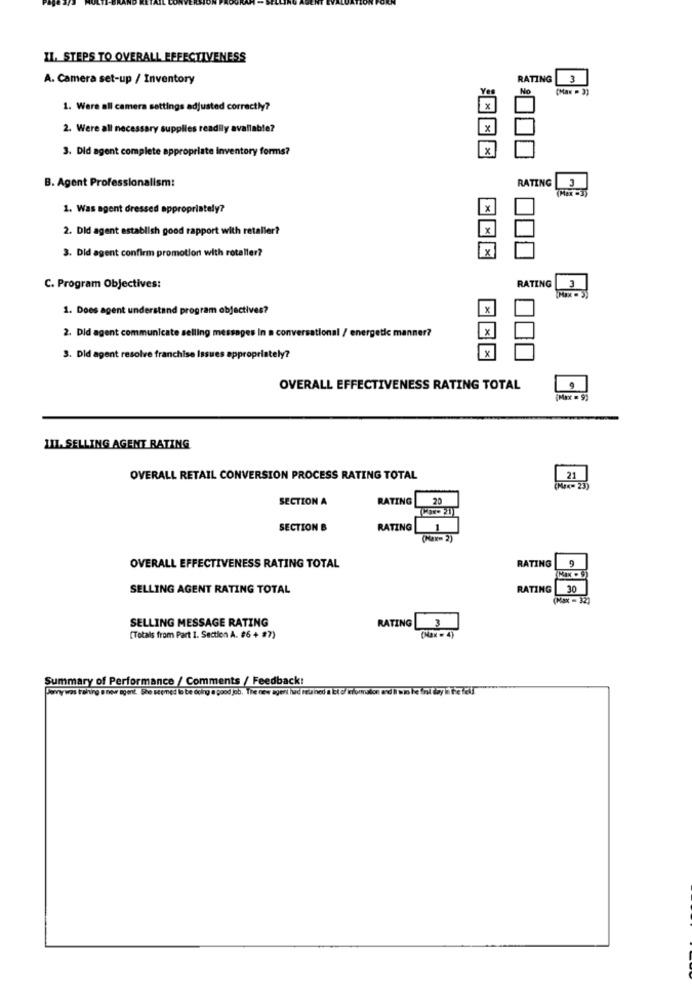
IL. STEPS TO OVERALL EFFECTIVENESS
A. Camera set-up / Inventory
RATING
3
Yes
No
1. Were all camera settings adjusted correctly?
2. Were all necessary supplies readily available?
×
3. Did agent complete appropriate inventory forms?
B. Agent Professionalism:
RATING
3
(Max -3)
1. Was agent dressed appropriately?
x
2. Did agent establish good rapport with retaller?
x
3. Did agent confirm promotion with rotaller?
x
RATING
3
C. Program Objectives:
1. Does agent understand program objectives?
×
2. Did agent communicate selling messages In a conversational / energetic manner?
3. Did agent resolve franchise Issues appropriately?
X
OVERALL EFFECTIVENESS RATING TOTAL
9
(Max = 9)
III. SELLING AGENT RATING
OVERALL RETAIL CONVERSION PROCESS RATING TOTAL
21
(Mex- 23)
SECTION A
RATING
20
SECTION &
RATING
(Max= 2)
RATING
9
OVERALL EFFECTIVENESS RATING TOTAL
SELLING AGENT RATING TOTAL
RATING
30
(Max = 32)
SELLING MESSAGE RATING
RATING
3
(Totals from Part 1. Section A. #6 + #7)
(Max = 4)
Summary of Performance / Comments / Feedback!
Jenywas trahing snow agent. She seemed lo be doing a good job, The new agent hud Pelined a at o/Tomation and li was he al thay th the fall